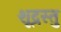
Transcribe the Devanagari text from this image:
शूद्रस्तु